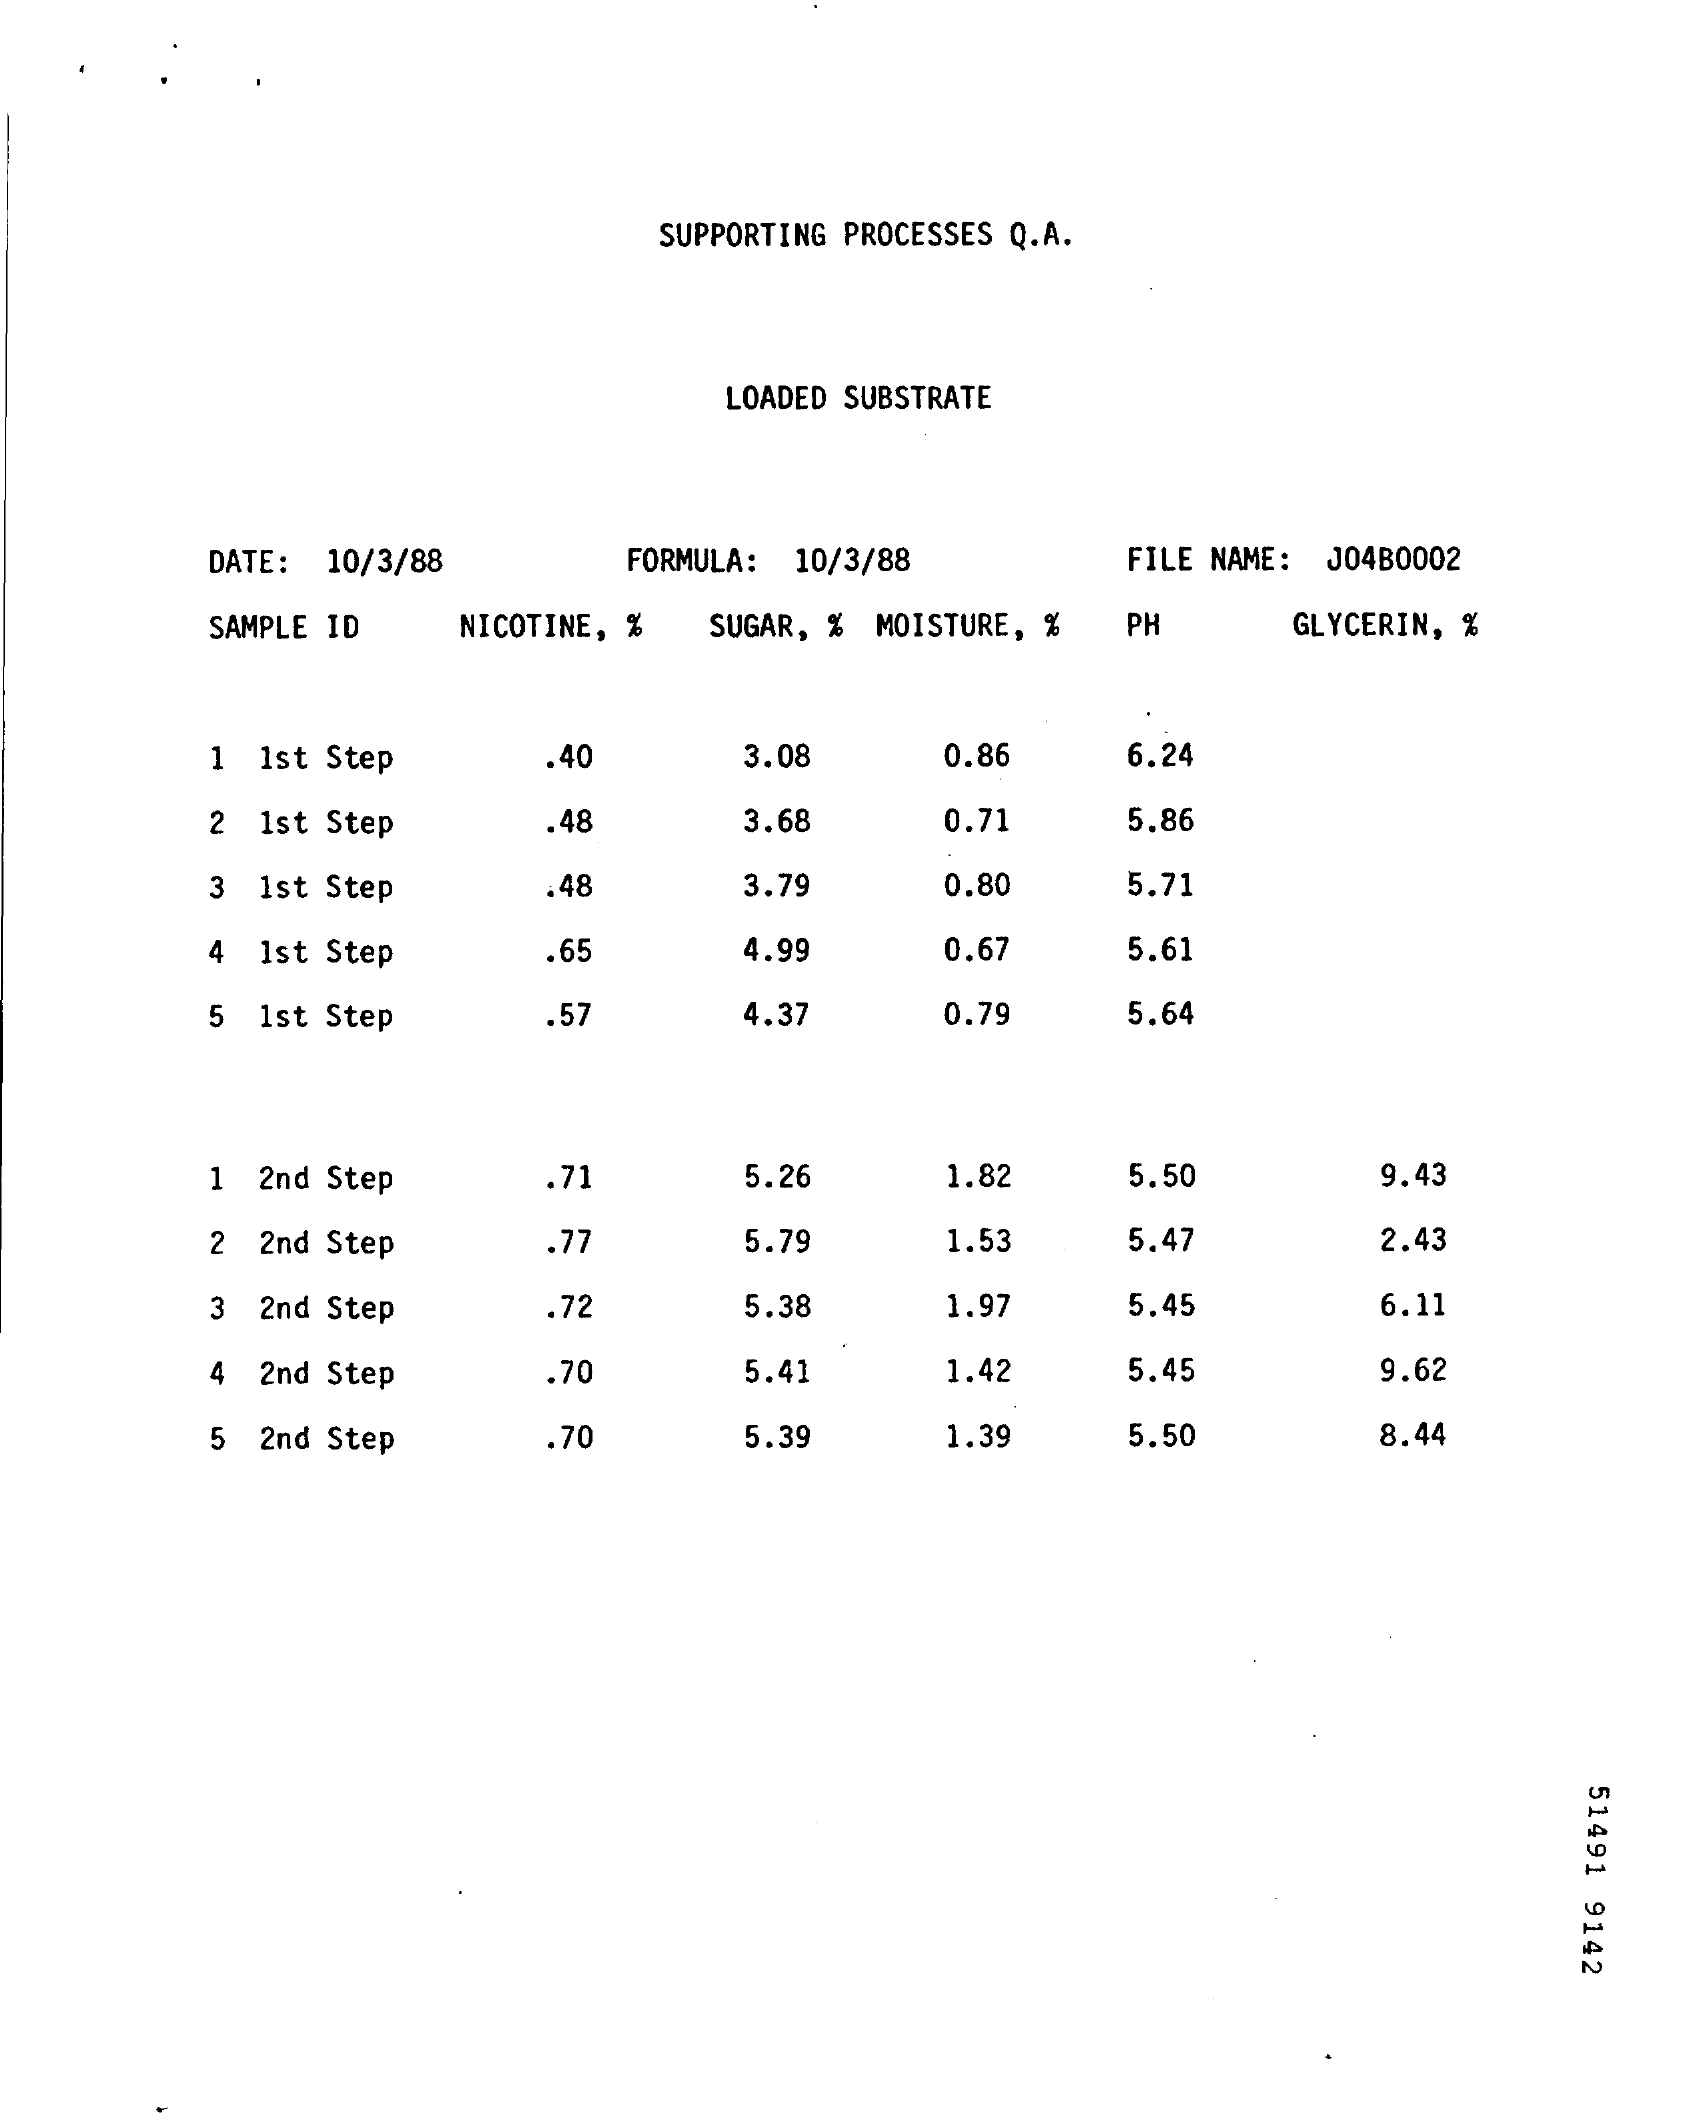
SUPPORTING PROCESSES Q.A.
     LOADED SUBSTRATE
     DATE: 10/3/88   FORMULA: 10/3/88  FILE NAME: JO4B0002
     SAMPLE ID NICOTINE, % SUGAR, % MOISTURE, % PH GLYCERIN, %
     1 1st Step   .40    3.08   0.86   6.24
     2 1st Step   .48    3.68   0.71   5.86
     3 1st Step   .48    3.79   0.80   5.71
     4 Ist Step   .65    4.99   0.67   5.61
     5 1st Step   .57    4.37   0.79   5.64
     1 2nd Step   .71    5.26   1.82   5.50    9.43
     2 2nd Step   .77    5.79   1.53   5.47    2.43
     3 2nd Step   .72    5.38   1.97   5.45    6.11
     4 2nd Step   .70    5.41   1.42   5.45    9.62
     5 2nd Step   70    5.39   1.39   5.50    8.44
     51491
     9142